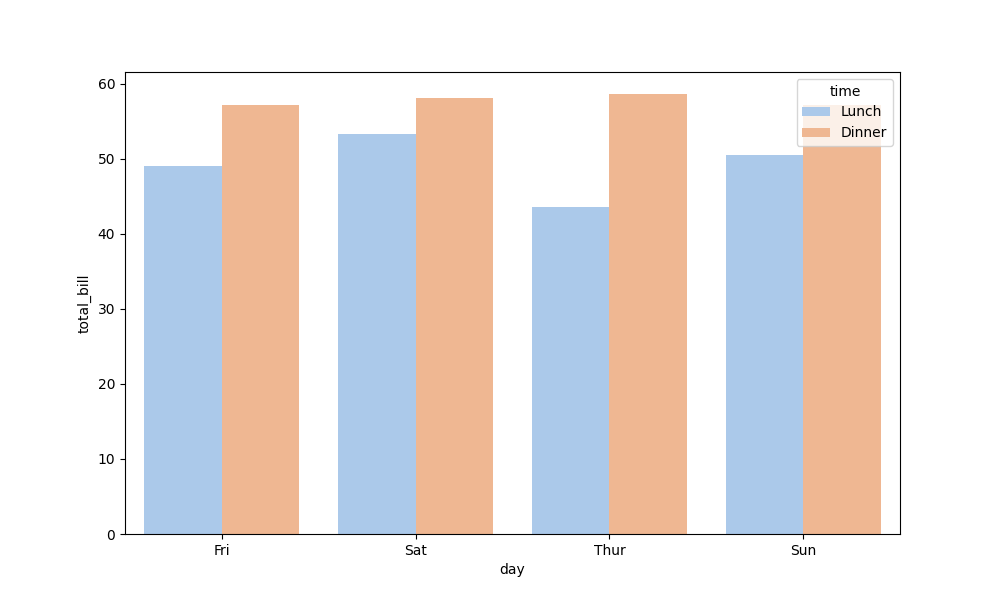
python, seaborn, barplot, hue='time', palette='pastel', ci=None, orient='v'